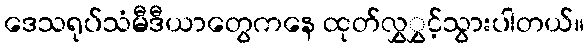
ဒေသရုပ်သံမီဒီယာတွေကနေ ထုတ်လွှွှင့်သွားပါတယ်။